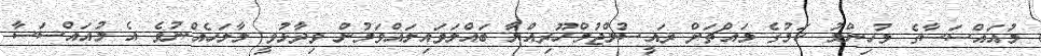
މުއައްސަސާގެ މުހިންމު ކަމުގެ މައްޗަށް ރައީސުލްޖުމްހޫރިއްޔާ ބައްލަވައިލައްވަމުން ވިދާޅުވީ މާލަހެއްނުވެ އެ މުއައްސަސާ